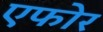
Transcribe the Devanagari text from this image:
एफोर